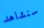
سنشاهد